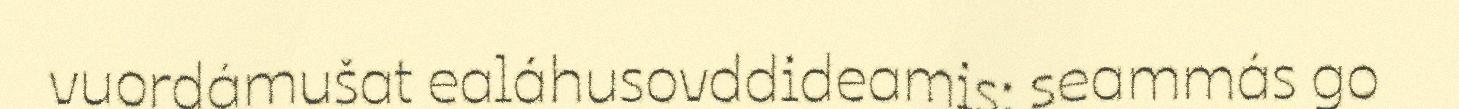
vuordámušat ealáhusovddideamis; seammás go